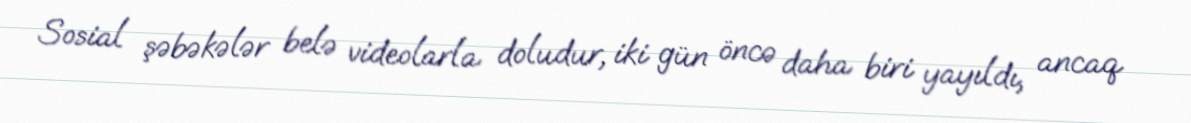
Sosial şəbəkələr belə videolarla doludur, iki gün öncə daha biri yayıldı, ancaq